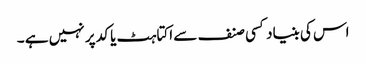
اس کی بنیاد کسی صنف سے اکتاہٹ یا کد پر نہیں ہے ۔